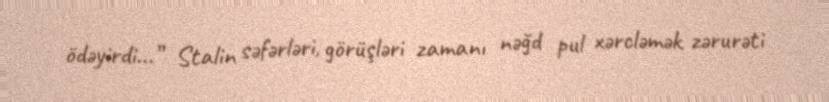
ödəyirdi...” Stalin səfərləri, görüşləri zamanı nəğd pul xərcləmək zərurəti